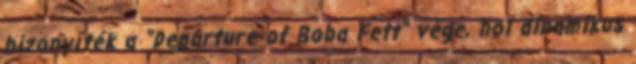
bizonyíték a "Departure of Boba Fett" vége, hol dinamikus